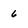
Character: 6